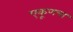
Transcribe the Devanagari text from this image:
एकूणचा